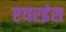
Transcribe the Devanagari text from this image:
एयरइंस